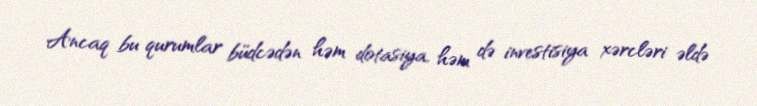
Ancaq bu qurumlar büdcədən həm dotasiya, həm də investisiya xərcləri əldə